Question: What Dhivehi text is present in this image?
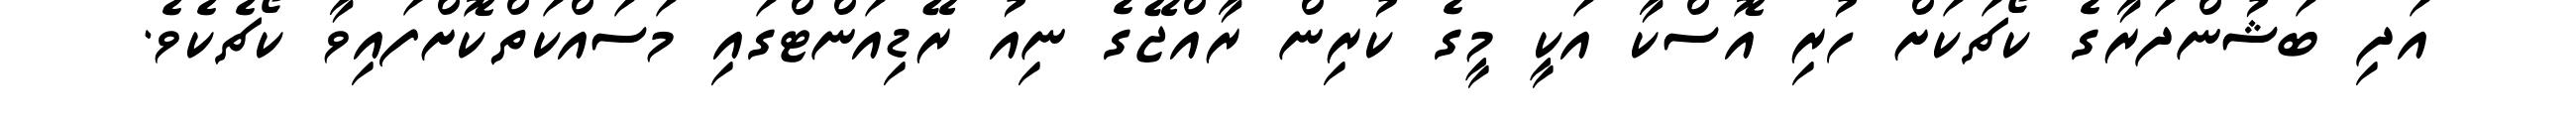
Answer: އަދި ބަޝުންދަރާގެ ކޯޗަކަށް ހުރި އޮސްކާ އަކީ މީގެ ކުރިން ރާއްޖޭގެ ނިއު ރޭޑިއަންޓްގައި މަސައްކަތްކޮށްފައިވާ ކޯޗެކެވެ.